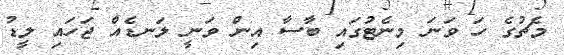
މެޗުގެ ހަ ވަނަ މިނެޓުގައި ބާސާ އިން ވަނީ ލަނޑެއް ޖަހައި ލީޑު